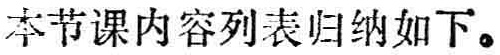
本节课内容列表归纳如下。